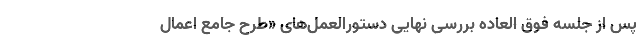
پس از جلسه فوق العاده بررسی نهایی دستورالعمل‌های «طرح جامع اعمال